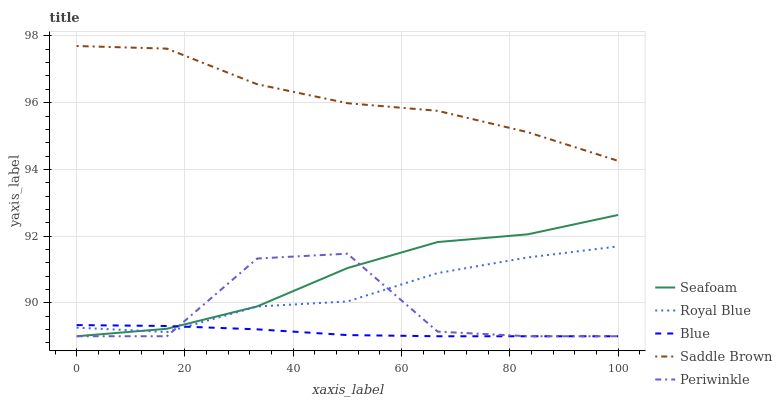
| xaxis_label | Seafoam | Royal Blue | Blue | Saddle Brown | Periwinkle |
 | --- | --- | --- | --- | --- | --- |
 | 0 | 89 | 89.3 | 89.3 | 97.7 | 89 |
 | 16.7 | 89.2 | 89.1 | 89.3 | 97.6 | 89 |
 | 33.3 | 89.9 | 89.9 | 89.2 | 96.6 | 91.3 |
 | 50 | 91 | 90 | 89 | 96 | 91.5 |
 | 66.7 | 91.8 | 90.9 | 89 | 95.8 | 89.1 |
 | 83.3 | 92.1 | 91.4 | 89 | 95.1 | 89 |
 | 100 | 92.6 | 91.7 | 89 | 94.3 | 89 |